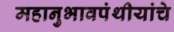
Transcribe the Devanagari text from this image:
महानुभावपंथीयांचे